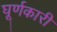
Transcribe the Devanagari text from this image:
घूर्णकारी